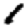
Digit: 1